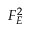
F _ { E } ^ { 2 }